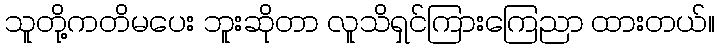
သူတို့ကတိမပေး ဘူးဆိုတာ လူသိရှင်ကြားကြေညာ ထားတယ်။